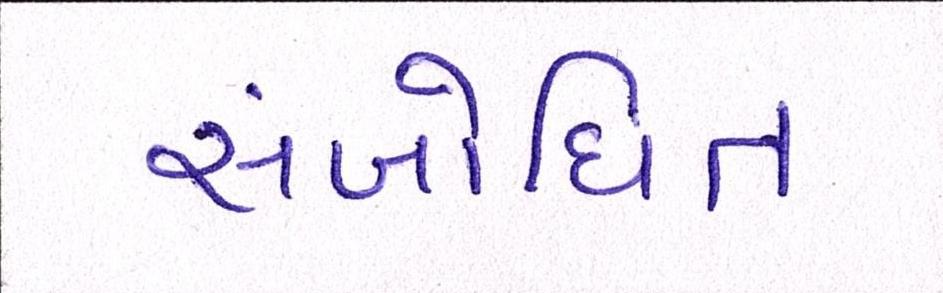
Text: સંબોધિત